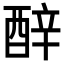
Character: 𬪬